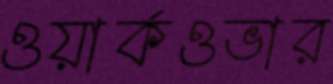
ওয়ার্কওভার